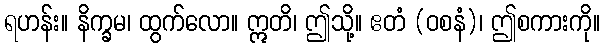
ရဟန်း။ နိက္ခမ၊ ထွက်လော။ ဣတိ၊ ဤသို့။ ဧတံ (ဝစနံ)၊ ဤစကားကို။